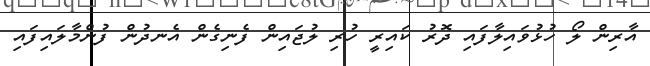
އާރިން ލޯ ހުޅުވައިލާފައި ދޮރު ކައިރީ ހުރި ލުޖައިން ފެނިގެން އެނދުން ފުންމާލައިފައި